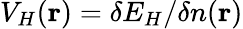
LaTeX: V_{H}({\mathbf r})=\delta E_{H}/\delta n({\mathbf r})